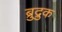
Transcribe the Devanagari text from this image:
ब्रुद्रुक